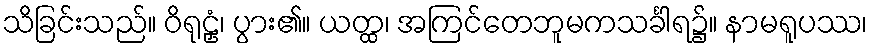
သိခြင်းသည်။ ဝိရုဠှံ၊ ပွား၏။ ယတ္ထ၊ အကြင်တေဘူမကသင်္ခါရ၌။ နာမရူပဿ၊